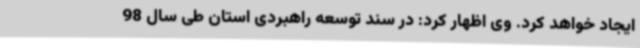
ایجاد خواهد کرد. وی اظهار کرد: در سند توسعه راهبردی استان طی سال 98